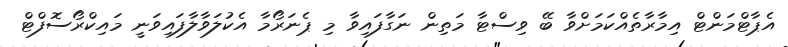
އެޕާޓްމަންޓް އިމާރާތެއްކަމަށްވާ ބޭ ވިސްޓާ މަތިން ނަގާފައިވާ މި ޕެނަރޯމާ އެކުލަވާލާފައިވަނީ މައިކްރޯސޮފްޓް